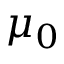
\mu _ { 0 }